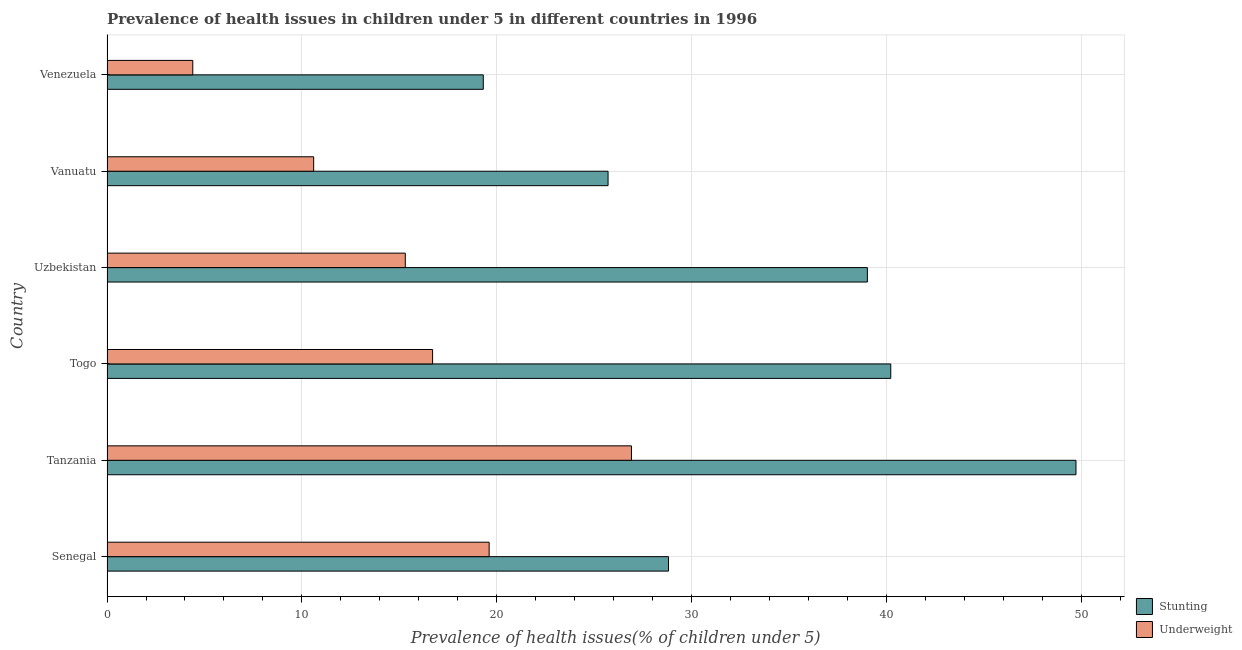
| Country | Stunting | Underweight |
 | --- | --- | --- |
 | Senegal | 28.8 | 19.6 |
 | Tanzania | 49.7 | 26.9 |
 | Togo | 40.2 | 16.7 |
 | Uzbekistan | 39 | 15.3 |
 | Vanuatu | 25.7 | 10.6 |
 | Venezuela | 19.3 | 4.4 |